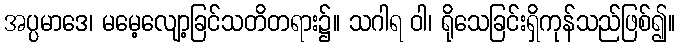
အပ္ပမာဒေ၊ မမေ့လျော့ခြင်သတိတရား၌။ သဂါရ ဝါ၊ ရိုသေခြင်းရှိကုန်သည်ဖြစ်၍။